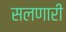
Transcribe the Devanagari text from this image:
सलणारी